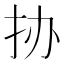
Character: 𰓊